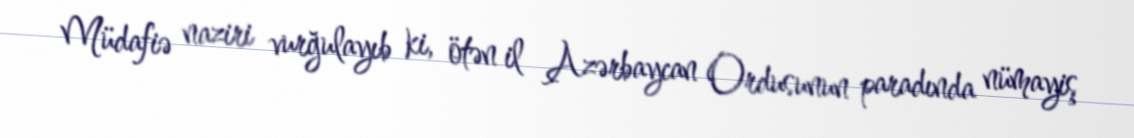
Müdafiə naziri vurğulayıb ki, ötən il Azərbaycan Ordusunun paradında nümayiş